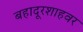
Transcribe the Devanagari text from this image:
बहादूरशाहवर